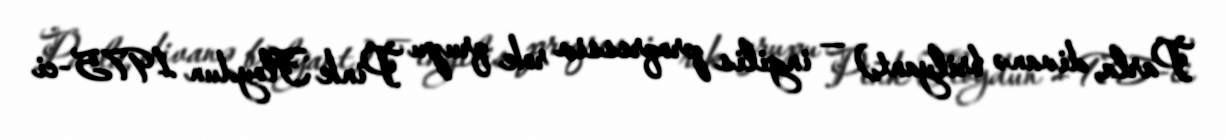
Parla, divanə brilyant) — ingilis proqressiv rok qrupu Pink Floydun 1975-ci